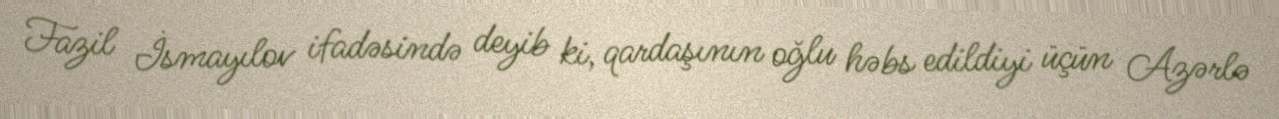
Fazil İsmayılov ifadəsində deyib ki, qardaşının oğlu həbs edildiyi üçün Azərlə